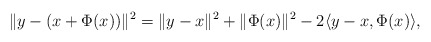
\begin{align*}\|y-(x+\Phi(x))\|^2& = \|y-x\|^2+\|\Phi(x)\|^2-2\langle y-x, \Phi(x)\rangle,\end{align*}